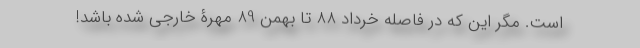
است. مگر این که در فاصله خرداد 88 تا بهمن 89 مهرۀ خارجی شده باشد!